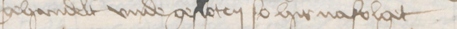
gehandelt vnde gesloten so hier nafolget